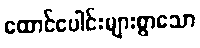
ထောင်ပေါင်းများစွာသော